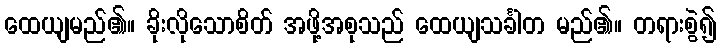
ထေယျမည်၏။ ခိုးလိုသောစိတ် အဖို့အစုသည် ထေယျသင်္ခါတ မည်၏။ တရားစွဲ၍